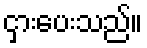
ငှားပေးသည်။